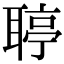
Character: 聤